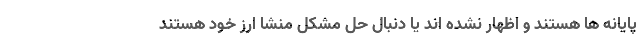
پایانه ها هستند و اظهار نشده اند یا دنبال حل مشکل منشا ارز خود هستند